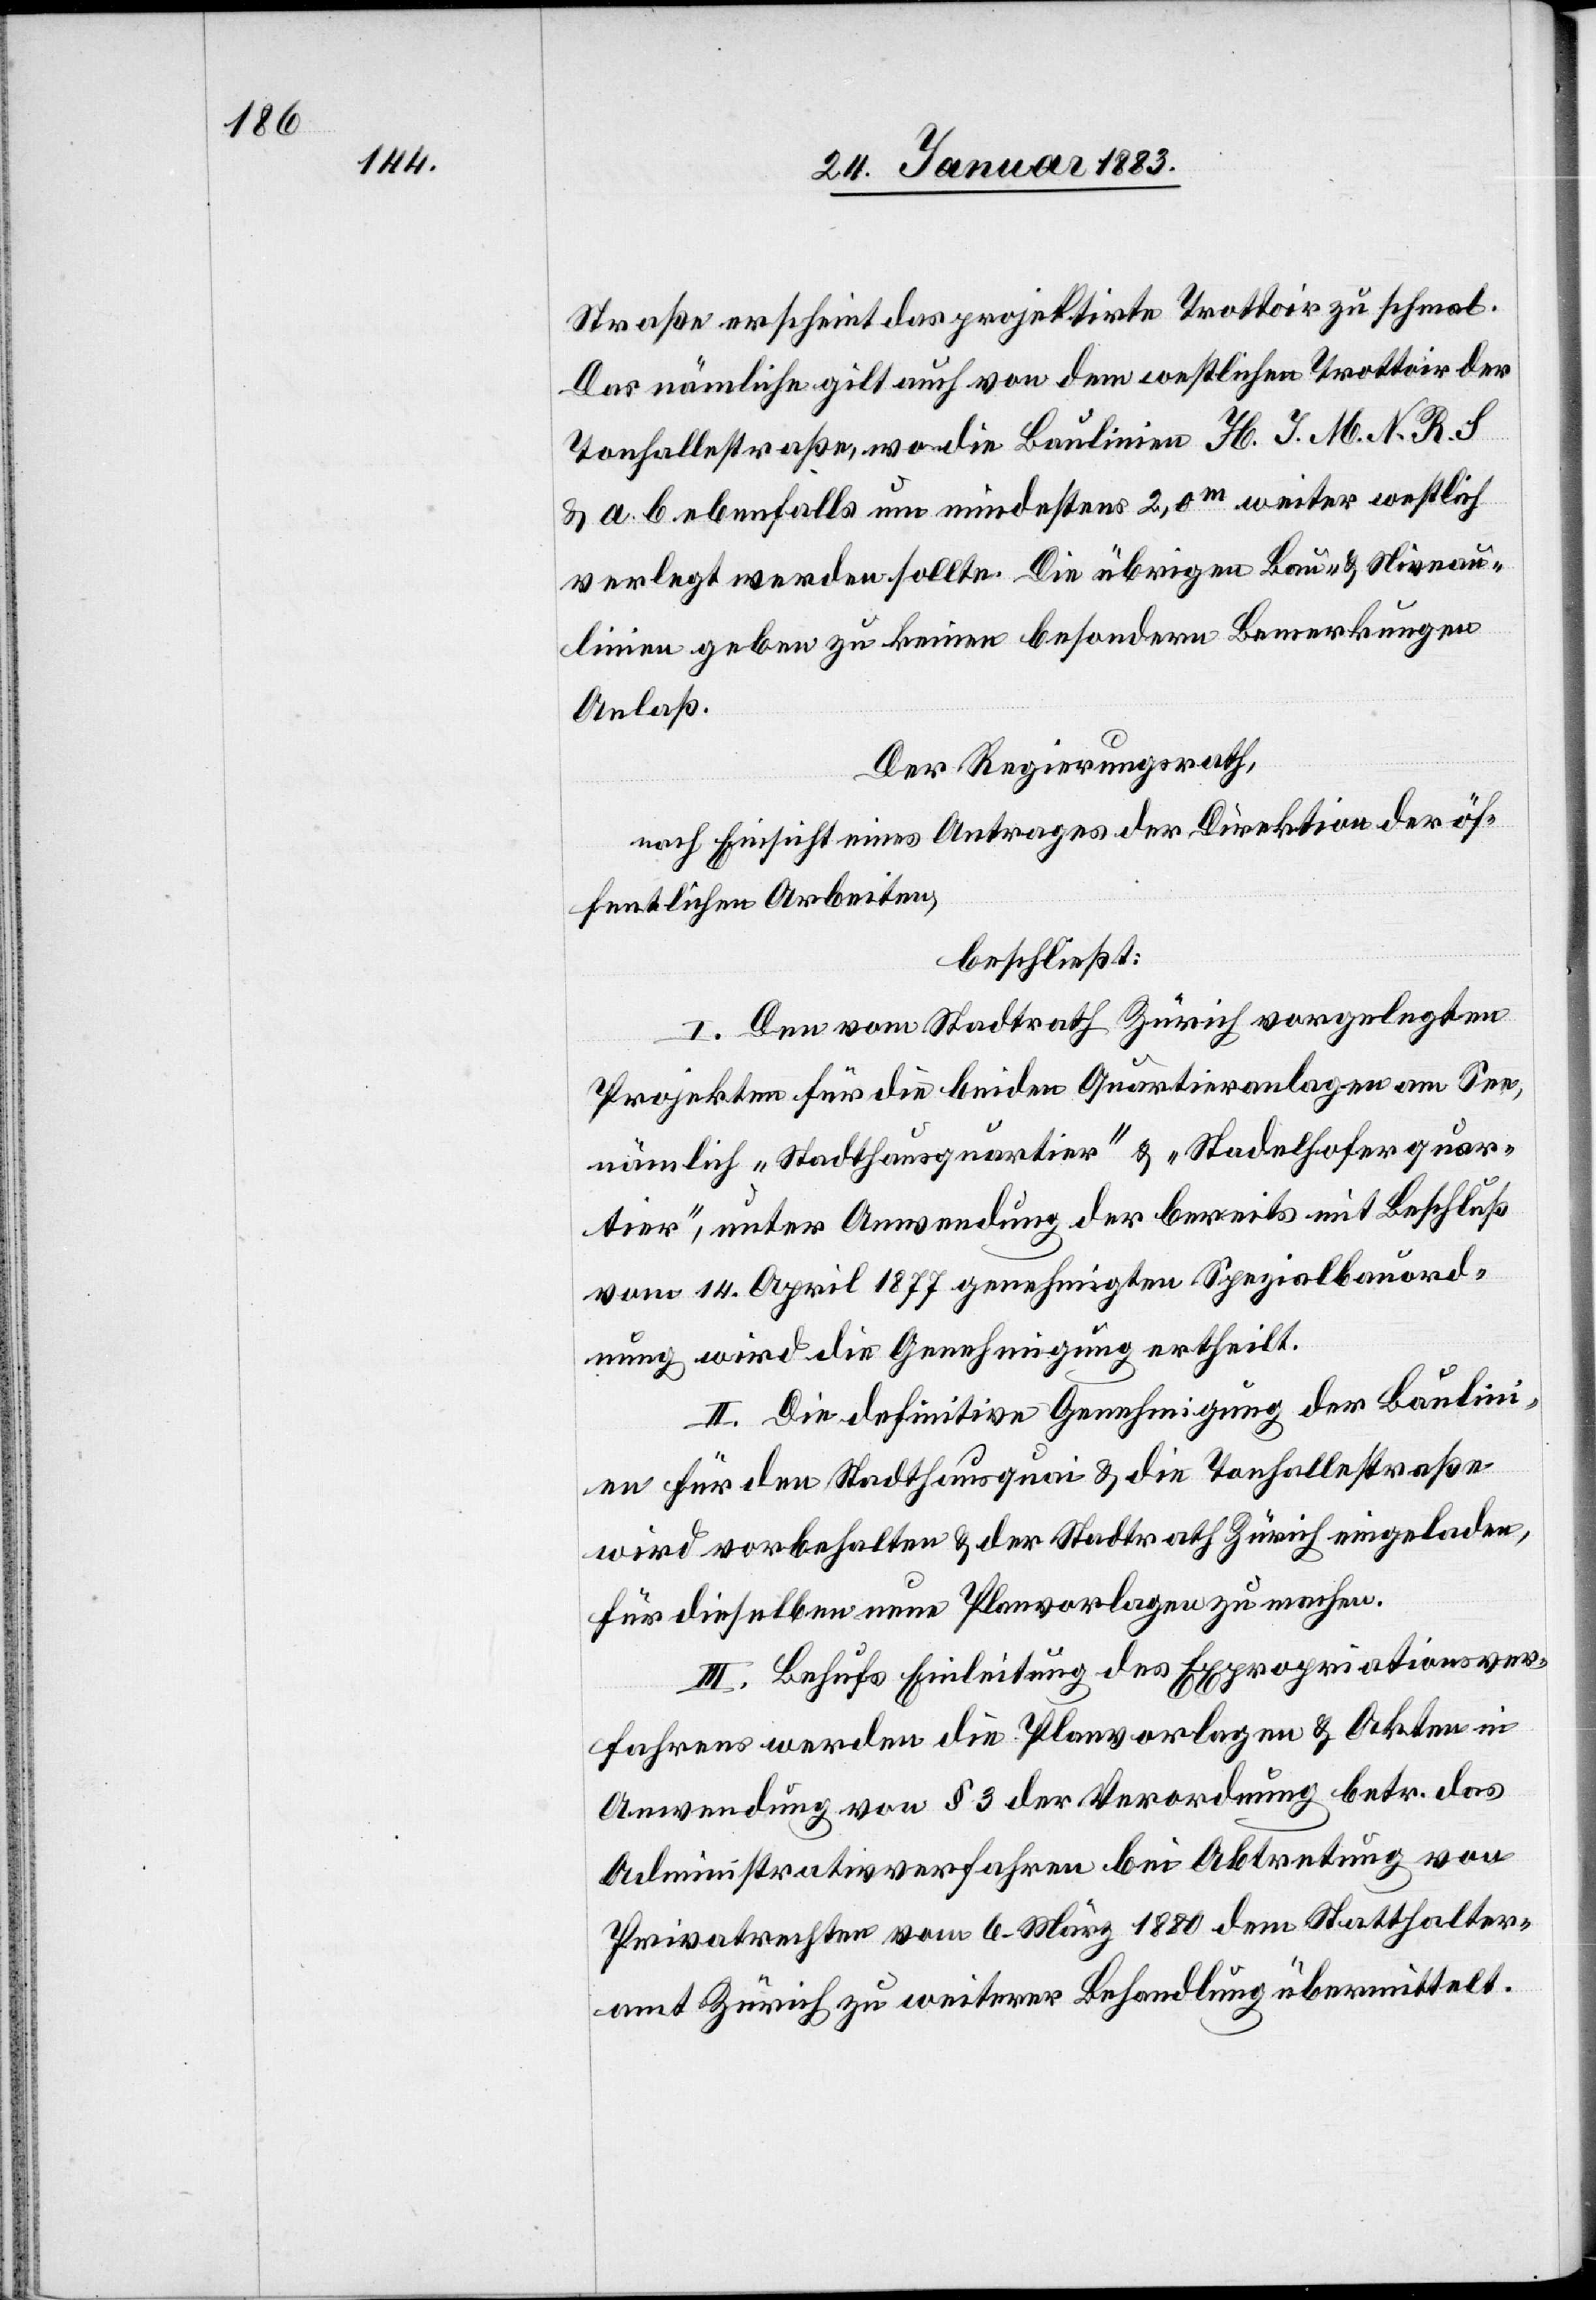
Straße erscheint das projektirte Trottoir zu schmal.
Das nämliche gilt auch von dem westlichen Trottoir der
Tonhallestraße, wo die Baulinien H. J. M. N. R. S
& a b ebenfalls um mindestens 2,0 m weiter westlich
verlegt werden sollte[n]. Die übrigen Bau- & Niveau¬
linien geben zu keinen besondern Bemerkungen
Statthalter¬
Der Regierungsrath,
nach Einsicht eines Antrages der Direktion der öf¬
fentlichen Arbeiten,
beschließt:
I. Den vom Stadtrath Zürich vorgelegten
Projekten für die beiden Quartieranlagen am See,
nämlich „Stadthausquartier“ & „Stadelhoferquar¬
tier“, unter Anwendung der bereits mit Beschluß
vom 14. April 1877 genehmigten Spezialbauord¬
nung wird die Genehmigung ertheilt.
II. Die definitive Genehmigung der Baulin¬
ien für den Stadthausquai & die Tonhallestraße
wird vorbehalten & der Stadtrath Zürich eingeladen,
für dieselben neue Planvorlagen zu machen.
III. Behufs Einleitung des Expropriationsver¬
fahrens werden die Planvorlagen & Akten in
Anwendung von § 3 der Verordnung betr. das
Administrativverfahren vom 6. März 1880
amt Zürich zu weiterer Behandlung übermittelt.